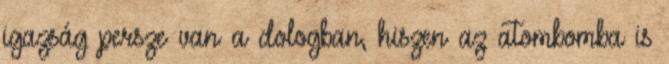
igazság persze van a dologban, hiszen az atombomba is